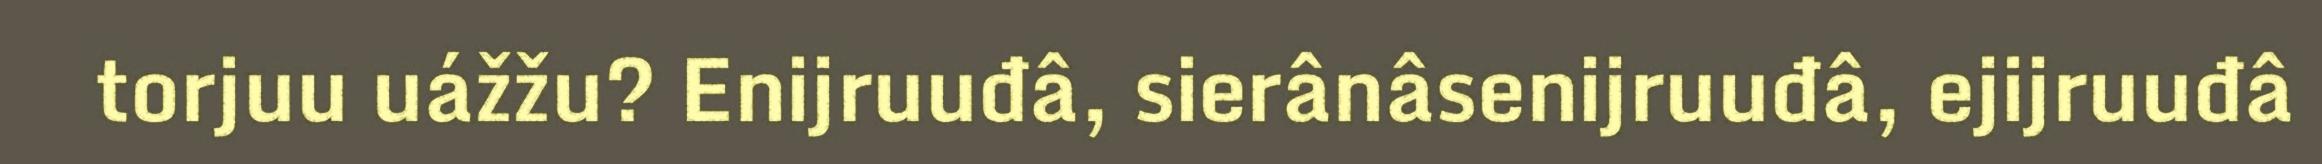
torjuu uážžu? Enijruuđâ, sierânâsenijruuđâ, ejijruuđâ